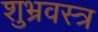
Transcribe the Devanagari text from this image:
शुभ्रवस्त्र